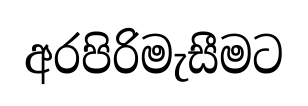
අරපිරිමැසීමට